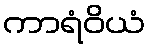
ကာရံဝိယံ